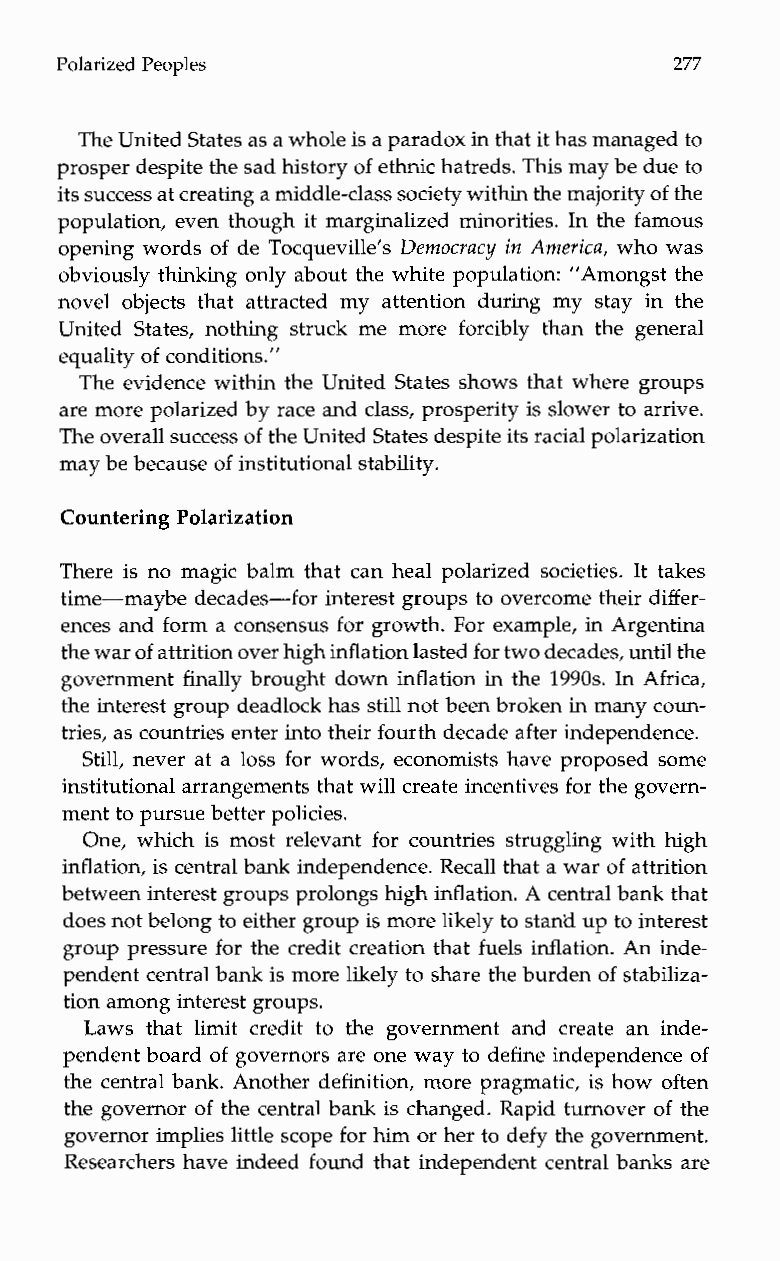
Peoples Polarized                            277
 The United Statesa s aw hole is a paradox in thiat th as managed to
 prosper despite the sad historyo f ethnic hatreds.T his may be due to
 its success at creating a middle-classso ciety within the majorityof the
 population, even though it marginalized minorities. In the famous
 opening words of de Tocqueville’s Democracy in Americu, who was
 obviously thinking only about the white population: ”Amongst the
 novel objects thata ttracted my attention during my stayi nt he
 United States, nothings truck me more forcibly thant heg eneral
 equality of conditions.”
 The evidence within the United States shows that where groups
 are more polarized by race and class, prosperity is slower to arrive.
 The overall success of the United States despite itrsa cial polarization
 may be becauseo f institutional stability.
 Countering Polarization
 There is no magic balm that can heal polarized societies. It takes
 time-maybe decades-for interest groups to overcome their differ-
 ences and form a consensus for growth. For example, in Argentina
 the waro f attrition over high inflation lastefdo r two decades, until the
 government finally brought down inflation in the 1990s. In Africa,
 the interest group deadlock has still not been broken in many coun-
 tries, as countries enter into their fourth decadaef ter independence.
 Still, never at a loss for words, economists have proposed some
 institutional arrangements that will create incentivesf or the govern-
 ment to pursue betterp olicies.
 One, which is most relevant for countries struggling with high
 inflation, is central bank independence.R ecall that a war of attrition
 between interest groups prolongs high inflation.A central bank that
 does not belong to either group is more likely to stand up to interest
 group pressure for the credit creation that fuels inflation. An inde-
 pendent central bank is morel ikely to share the burdeno f stabiliza-
 tion among interest groups.
 Laws thatl imitc reditt ot heg overnmenta ndc reate an inde-
 pendent board of governors are one way to define independenceo f
 the central bank. Another definition, more pragmatic, is how often
 the governor of the central bank is changed. Rapid turnover of the
 governor implies little scopef or him or her to defy the government.
 Researchers have indeed found that independent central banks are